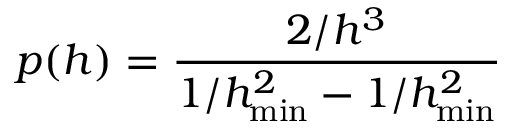
p ( h ) = \frac { 2 / h ^ { 3 } } { 1 / h _ { \operatorname* { m i n } } ^ { 2 } - 1 / h _ { \operatorname* { m i n } } ^ { 2 } }